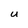
Character: U